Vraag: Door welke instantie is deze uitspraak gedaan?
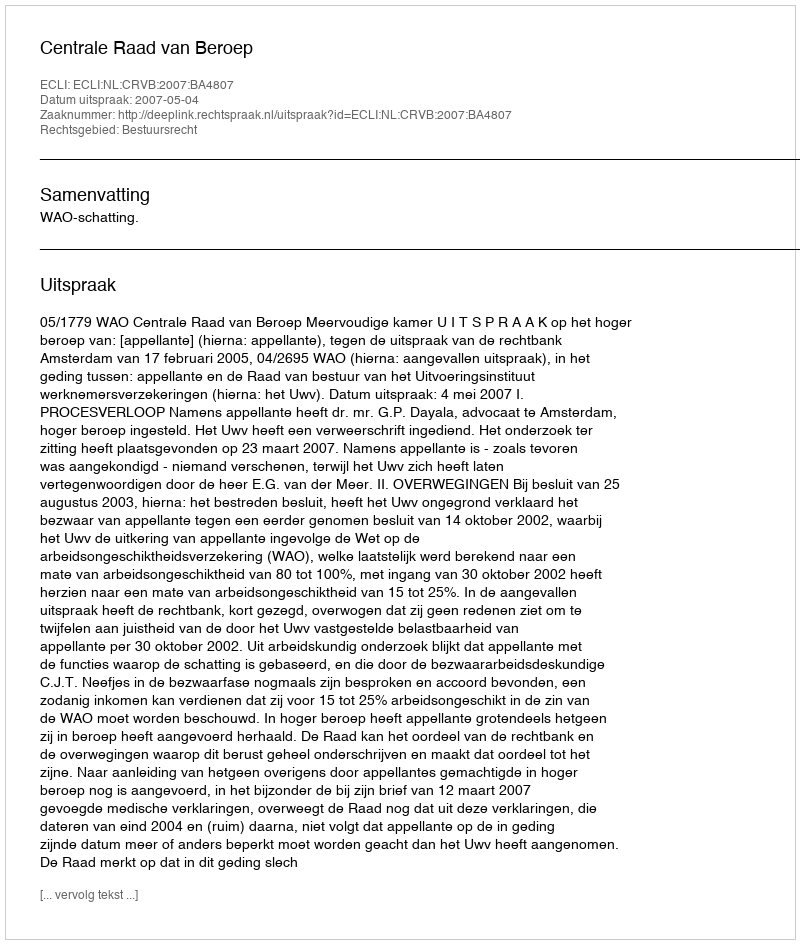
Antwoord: Centrale Raad van Beroep